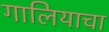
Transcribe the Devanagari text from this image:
गालियाचा